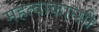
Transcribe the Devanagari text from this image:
महत्वाकान्सी